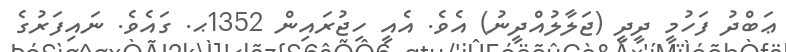
ޢަބްދު ފަހުމީ ދީދީ (ޖަލާލުއްދީނު) އެވެ. އެއީ ހިޖުރައިން 1352ޙ. ގައެވެ. ނައިފަރުގެ